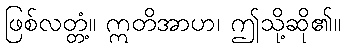
ဖြစ်လတ္တံ့။ ဣတိအာဟ၊ ဤသို့ဆို၏။